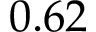
0 . 6 2